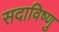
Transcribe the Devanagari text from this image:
सदाविष्णु